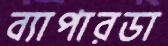
ব্যাপারডা